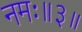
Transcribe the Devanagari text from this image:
नमः॥३॥